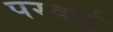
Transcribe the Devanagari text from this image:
परकई